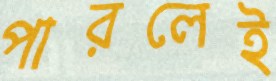
পারলেই